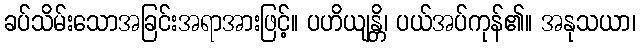
ခပ်သိမ်းသောအခြင်းအရာအားဖြင့်။ ပဟိယျန္တိ၊ ပယ်အပ်ကုန်၏။ အနုသယာ၊